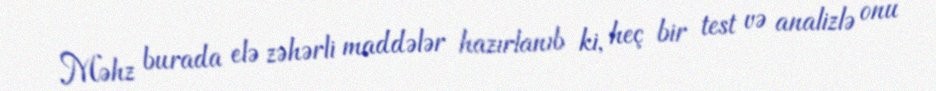
Məhz burada elə zəhərli maddələr hazırlanıb ki, heç bir test və analizlə onu